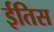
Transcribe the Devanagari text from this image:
ईतिस